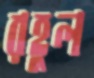
রহুল